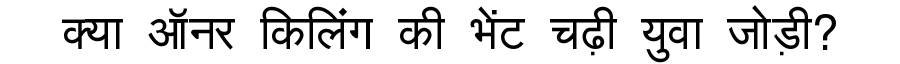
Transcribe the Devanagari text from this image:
क्या ऑनर किलिंग की भेंट चढ़ी युवा जोड़ी?